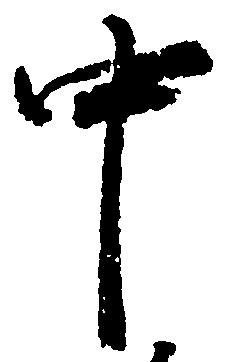
中